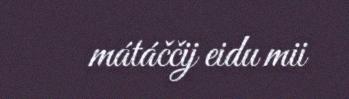
mátáččij eidu mii